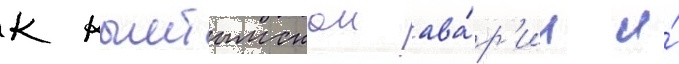
к кыштымскои ава́р'ии и́